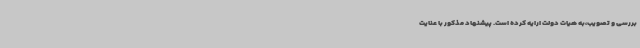
بررسی و تصویب،به هیات دولت ارایه کرده است. پیشنهاد مذکور با عنایت